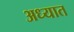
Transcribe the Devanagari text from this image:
अध्यात